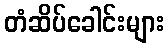
တံဆိပ်ခေါင်းများ